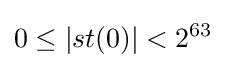
0\leq \left|st(0)\right|<2^{63}